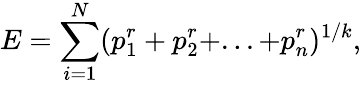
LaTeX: E=\sum_{i=1}^{N}(p_{1}^{r}+p_{2}^{r}+...+p_{n}^{r})^{1/k},